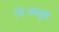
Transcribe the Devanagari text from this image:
निःकलुश